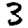
Digit: 3